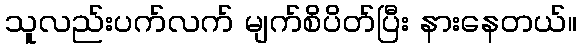
သူလည်းပက်လက် မျက်စိပိတ်ပြီး နားနေတယ်။